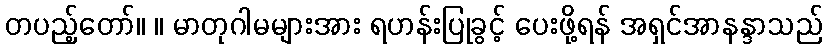
တပည့်တော်။ ။ မာတုဂါမများအား ရဟန်းပြုခွင့် ပေးဖို့ရန် အရှင်အာနန္ဒာသည်